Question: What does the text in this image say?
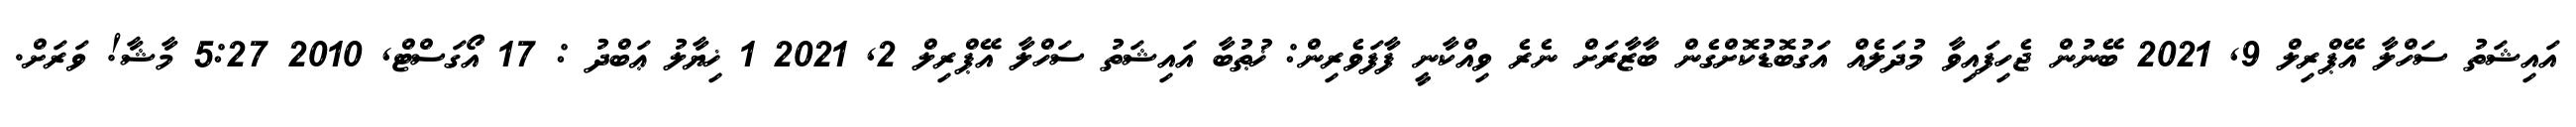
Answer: އައިޝަތު ސަހްލާ އޭޕްރިލް 9, 2021 ބޭނުން ޖެހިފައިވާ މުދަލެއް އަގުބޮޑުކޮށްގެން ބާޒާރަށް ނެރެ ވިއްކާނީ ފާފަވެރިން: ޚުޠުބާ އައިޝަތު ސަހްލާ އޭޕްރިލް 2, 2021 1 ޚިޔާލު ޢަބްދު : 17 އޯގަސްޓް, 2010 5:27 މާޝާ! ވަރަށް.